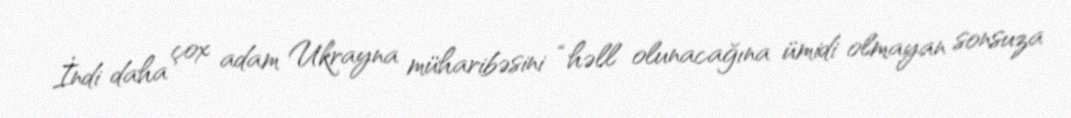
İndi daha çox adam Ukrayna müharibəsini “həll olunacağına ümidi olmayan sonsuza